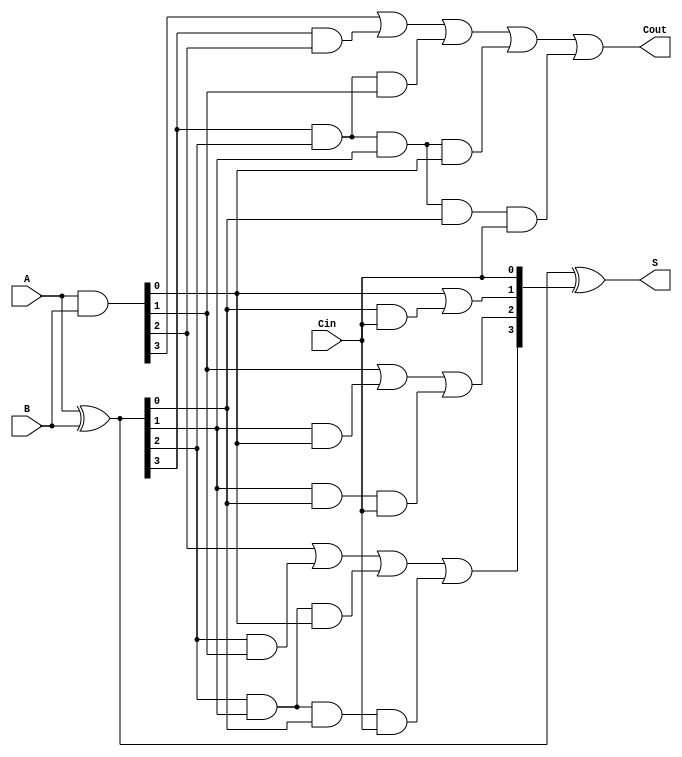
module PrecomputationCarryAdder (
    input [3:0] A,        // 4-bit input A
    input [3:0] B,        // 4-bit input B
    input Cin,            // Carry-in
    output [3:0] S,       // 4-bit sum output
    output Cout           // Carry-out
);
    wire [3:0] G;        // Generate signals
    wire [3:0] P;        // Propagate signals
    wire [4:0] C;        // Carry signals (C[0] = Cin)
    
    // Carry generation logic
    assign G = A & B;    // Generate
    assign P = A ^ B;    // Propagate
    
    // Carry look-ahead logic
    assign C[0] = Cin;   // Initial carry input
    assign C[1] = G[0] | (P[0] & C[0]);
    assign C[2] = G[1] | (P[1] & G[0]) | (P[1] & P[0] & C[0]);
    assign C[3] = G[2] | (P[2] & G[1]) | (P[2] & P[1] & G[0]) | (P[2] & P[1] & P[0] & C[0]);
    assign C[4] = G[3] | (P[3] & G[2]) | (P[3] & P[2] & G[1]) | (P[3] & P[2] & P[1] & G[0]) | (P[3] & P[2] & P[1] & P[0] & C[0]);
    
    // Sum calculation
    assign S = P ^ {C[3:0]}; // S[i] = A[i]  B[i]  C[i-1]

    // Carry-out
    assign Cout = C[4];

endmodule